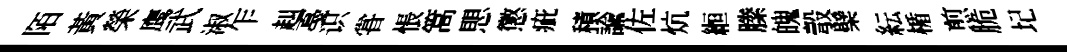
陌黃榮鹰武淑乍赳戞识甞悵篙愳懲疵積諭佐炕縆縢魄彀檗紜楯煎脆圮